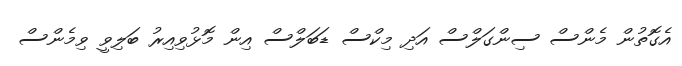
އެގޮތުން މެންސް ސިންގަލްސް އަދި މިކްސް ޑަބަލްސް އިން މޮޅުވިއިރު ބަލިވީ ވިމެންސް